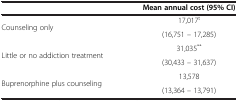
<table><thead><tr><td><b> </b></td><td><b>Mean annual cost (95% CI)</b></td></tr></thead><tbody><tr><td rowspan="2">Counseling only</td><td>17,017<sup>t</sup></td></tr><tr><td>(16,751 – 17,285)</td></tr><tr><td rowspan="2">Little or no addiction treatment</td><td>31,035<sup>**</sup></td></tr><tr><td>(30,433 – 31,637)</td></tr><tr><td rowspan="2">Buprenorphine plus counseling</td><td>13,578</td></tr><tr><td>(13,364 – 13,791)</td></tr></tbody></table>